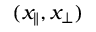
( x _ { \parallel } , x _ { \perp } )